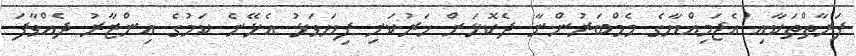
ފަރާތްތަކާއި އެޖަމިއްޔާގެ މެމްބަރުންނާ ދެކޮޅަށް ހަރުކަށި ފިޔަވަޅު އެޅޭނެ ކަމުގެ އިންޒާރު ދެއްވާފަ